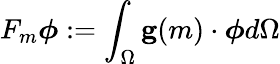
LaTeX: F_{m}\boldsymbol{\phi}:=\int_{\Omega}\mathbf{g}(m)\cdot\boldsymbol{\phi}d\Omega